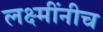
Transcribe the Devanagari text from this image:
लक्ष्मींनीच